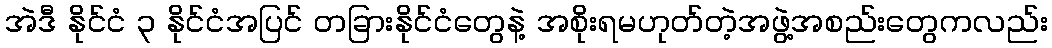
အဲဒီ နိုင်ငံ ၃ နိုင်ငံအပြင် တခြားနိုင်ငံတွေနဲ့ အစိုးရမဟုတ်တဲ့အဖွဲ့အစည်းတွေကလည်း